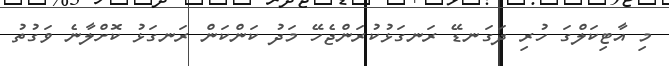
މި އާޓިކަލްގަ ހުރި ދަގަނޑޭ ރަނގަޅުކުރަންޖެހޭ މަދު ކަންކަން ރަނގަޅު ކޮށްލާނެ ވަގުތު